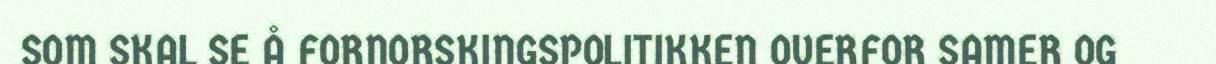
SOM SKAL SE Å FORNORSKINGSPOLITIKKEN OVERFOR SAMER OG